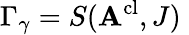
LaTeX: \Gamma_{\gamma}=S(\mathbf{A}^{\mathrm{{cl}}},J)\;